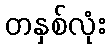
တနှစ်လုံး